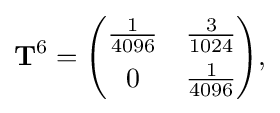
{\begin{aligned}\mathbf {T} ^{6}={\begin{pmatrix}{\frac {1}{4096}}&{\frac {3}{1024}}\\[4pt]0&{\frac {1}{4096}}\end{pmatrix}},\end{aligned}}